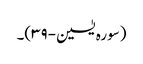
(سورہ یٰسین-۳۹)۔